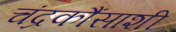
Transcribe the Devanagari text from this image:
चंद्रकौंसाशी